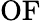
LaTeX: \mathrm{OF}